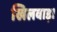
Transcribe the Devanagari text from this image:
खिलवाड़।